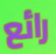
رائع